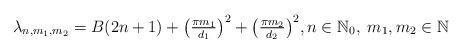
LaTeX: \begin{align*} \lambda_{n,m_1,m_2} = B(2n+1) + \big(\textstyle{\frac{\pi m_1}{d_1}}\big)^2 + \big(\textstyle{\frac{\pi m_2}{d_2}}\big)^2,n\in\mathbb{N}_0,\; m_1,m_2\in\mathbb{N}\end{align*}